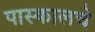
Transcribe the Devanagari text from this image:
पास्कालचे